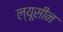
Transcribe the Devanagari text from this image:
ल्यूसीन